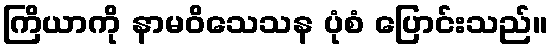
ကြိယာကို နာမဝိသေသန ပုံစံ ပြောင်းသည်။